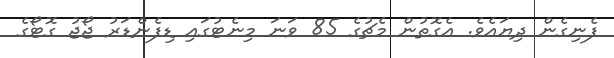
ފެނިގެން ދިޔައެވެ. އެގޮތުން މެޗުގެ 85 ވަނަ މިނެޓުގައި ޑިފެންޑަރު ޖޯޖު ގޮޓޯގެ